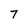
Character: 7